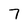
Character: 7